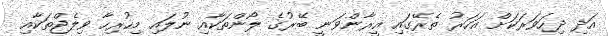
އަދި ދިހަވަރަކަށް އަހަރު ތެރޭގައި އީރާންވަނީ ބޭރުގެ ލޯންތަކާއި ނުލައި މިހުރިހާ ވިލެޖްތަކާއި